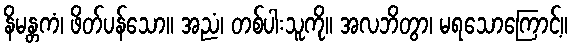
နိမန္တကံ၊ ဖိတ်ပန်သော။ အညံ၊ တစ်ပါးသူကို။ အလဘိတွာ၊ မရသောကြောင့်။